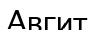
Авгит